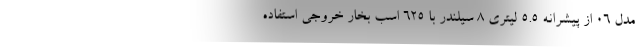
مدل 06 از پیشرانه 5.5 لیتری 8 سیلندر با 625 اسب بخار خروجی استفاده